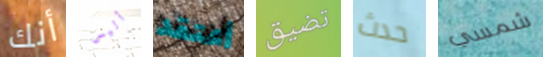
أنك أليس أعتقد تضيق حدث شمسي